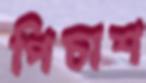
পিচাশ